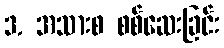
3. အသားစ စစ်ဆေးခြင်း